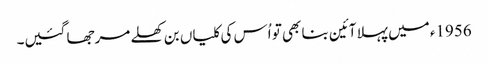
1956ء میں پہلا آئین بنا بھی تو اُس کی کلیاں بن کھلے مرجھا گئیں۔